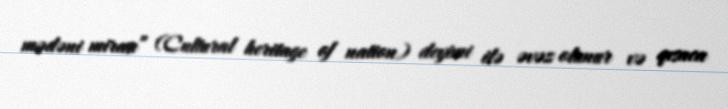
mədəni mirası” (Cultural heritage of nation) deyimi ilə əvəz olunur və qısaca